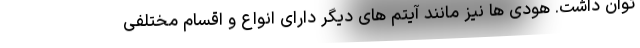
توان داشت. هودی ها نیز مانند آیتم های دیگر دارای انواع و اقسام مختلفی